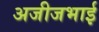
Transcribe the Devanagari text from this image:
अजीजभाई